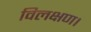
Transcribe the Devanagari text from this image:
विलक्षण।